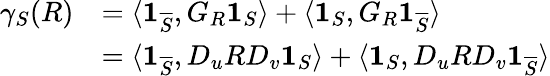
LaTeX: \begin{array}{rl}{\gamma_{S}(R)}&{=\langle\boldsymbol{1}_{\overline{{S}}},G_{R}\boldsymbol{1}_{S}\rangle+\langle\boldsymbol{1}_{S},G_{R}\boldsymbol{1}_{\overline{{S}}}\rangle}\\ &{=\langle\boldsymbol{1}_{\overline{{S}}},D_{u}RD_{v}\boldsymbol{1}_{S}\rangle+\langle\boldsymbol{1}_{S},D_{u}RD_{v}\boldsymbol{1}_{\overline{{S}}}\rangle}\end{array}